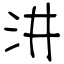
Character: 汫